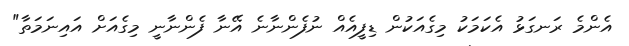
އެންމެ ރަނގަޅު އެކަމަކު މިގެއަކުން ޑިފީއެއް ނުފެންނާނެ އޭނާ ފެންނާނީ މިގެއަށް އައިނަމަތާ"